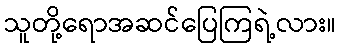
သူတို့ရောအဆင်ပြေကြရဲ့လား။